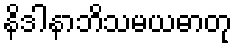
နိဒါနာဘိသမယဓာတု